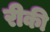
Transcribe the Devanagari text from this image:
रीकी